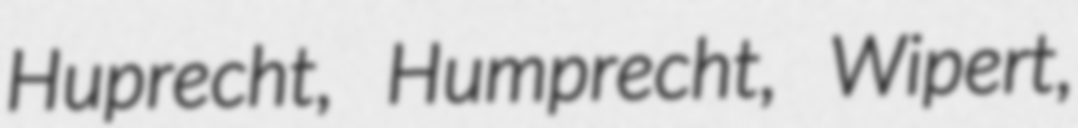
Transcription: Huprecht, Humprecht, Wipert,